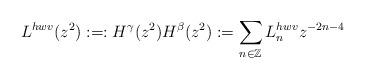
LaTeX: \begin{align*}L^{hwv} (z^2): =: H^{\gamma}(z^2) H^{\beta}(z^2): =\sum_{n\in \mathbb{Z}} L^{hwv}_n z^{-2n-4}\end{align*}